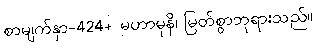
စာမျက်နှာ-424+ မဟာမုနိ၊ မြတ်စွာဘုရားသည်။